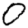
Digit: 0